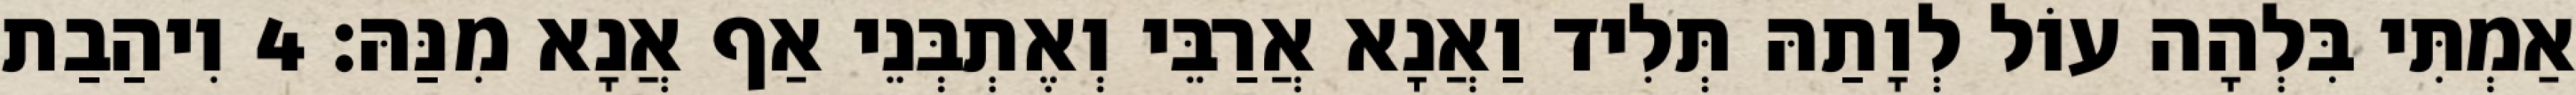
אַמְתִּי בִּלְהָה עוֹל לְוָתַהּ תְּלִיד וַאֲנָא אֲרַבֵּי וְאֶתְבְּנֵי אַף אֲנָא מִנַּהּ׃ 4 וִיהַבַת